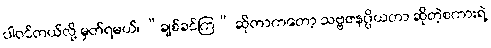
ပါဝင်တယ်လို့ မှတ်ရမယ်၊ “ချစ်ခင်ကြ” ဆိုတာကတော့ သဗ္ဗဇနပ္ပိယတာ ဆိုတဲ့စကားရဲ့